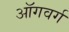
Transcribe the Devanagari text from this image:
ऑगवर्ग